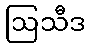
ဩသီဒ